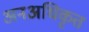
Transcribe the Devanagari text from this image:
अनअधिकृत